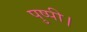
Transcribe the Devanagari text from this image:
पुष्पी।